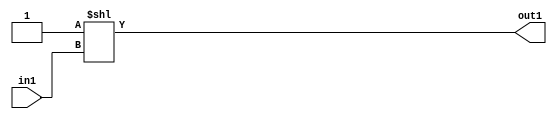
`timescale 1ps / 1ps
/*****************************************************************************
    Verilog RTL Description
    
    
    Created by: CellMath Designer 2019.1.01 
*******************************************************************************/

module DFT_compute_DECODE_16U_6_4 (
	in1,
	out1
	); /* architecture "behavioural" */ 
input [3:0] in1;
output [15:0] out1;
wire [15:0] asc001;

assign asc001 = 16'B0000000000000001 << in1;

assign out1 = asc001;
endmodule

/* CADENCE  ubD1Tgw= : u9/ySgnWtBlWxVPRXgAZ4Og= ** DO NOT EDIT THIS LINE ******/